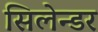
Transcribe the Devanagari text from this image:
सिलेन्डर